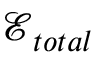
\boldsymbol { \mathcal { E } } _ { t o t a l }